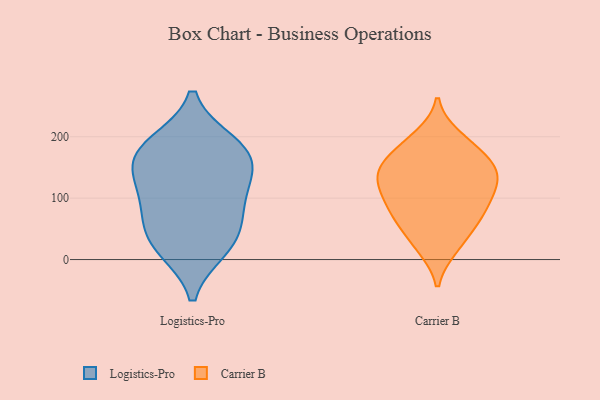
{"axis": {"x": "Net Income (USD K)", "y": "Value"}, "legend": ["Carrier B", "Logistics-Pro"], "data": [{"x": "", "y": 19, "type": "Logistics-Pro"}, {"x": "", "y": 105, "type": "Logistics-Pro"}, {"x": "", "y": 25, "type": "Logistics-Pro"}, {"x": "", "y": 128, "type": "Logistics-Pro"}, {"x": "", "y": 80, "type": "Logistics-Pro"}, {"x": "", "y": 177, "type": "Logistics-Pro"}, {"x": "", "y": 188, "type": "Logistics-Pro"}, {"x": "", "y": 50, "type": "Logistics-Pro"}, {"x": "", "y": 153, "type": "Logistics-Pro"}, {"x": "", "y": 174, "type": "Logistics-Pro"}, {"x": "", "y": 149, "type": "Carrier B"}, {"x": "", "y": 50, "type": "Carrier B"}, {"x": "", "y": 161, "type": "Carrier B"}, {"x": "", "y": 200, "type": "Carrier B"}, {"x": "", "y": 20, "type": "Carrier B"}, {"x": "", "y": 19, "type": "Carrier B"}, {"x": "", "y": 59, "type": "Carrier B"}, {"x": "", "y": 78, "type": "Carrier B"}, {"x": "", "y": 130, "type": "Carrier B"}, {"x": "", "y": 116, "type": "Carrier B"}, {"x": "", "y": 98, "type": "Carrier B"}, {"x": "", "y": 158, "type": "Carrier B"}, {"x": "", "y": 78, "type": "Carrier B"}, {"x": "", "y": 78, "type": "Carrier B"}, {"x": "", "y": 134, "type": "Carrier B"}, {"x": "", "y": 194, "type": "Carrier B"}, {"x": "", "y": 113, "type": "Carrier B"}, {"x": "", "y": 152, "type": "Carrier B"}, {"x": "", "y": 127, "type": "Carrier B"}, {"x": "", "y": 180, "type": "Carrier B"}]}